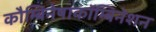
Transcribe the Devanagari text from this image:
कौम्बिनेषाकॉम्बिनेशन